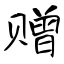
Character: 赠